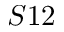
S 1 2